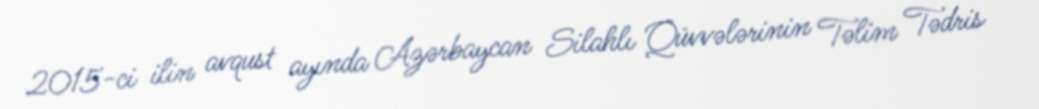
2015-ci ilin avqust ayında Azərbaycan Silahlı Qüvvələrinin Təlim Tədris